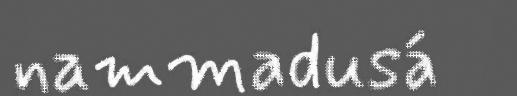
nammadusá